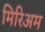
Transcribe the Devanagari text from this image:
मिरिअम